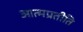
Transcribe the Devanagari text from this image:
आत्मप्रतीति